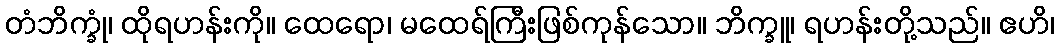
တံဘိက္ခုံ၊ ထိုရဟန်းကို။ ထေရော၊ မထေရ်ကြီးဖြစ်ကုန်သော။ ဘိက္ခူ၊ ရဟန်းတို့သည်။ ဧဟိ၊